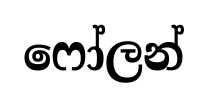
ෆෝලන්